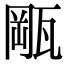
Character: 𤭛